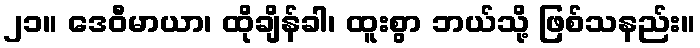
၂၁။ ဒေဝီမာယာ၊ ထိုချိန်ခါ၊ ထူးစွာ ဘယ်သို့ ဖြစ်သနည်း။